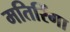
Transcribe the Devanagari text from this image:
मतिरिंगा